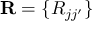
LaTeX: \mathbf { R } = \{ R _ { j j ^ { \prime } } \}